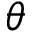
\boldsymbol { \theta }